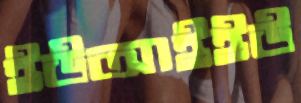
ইউআইইউ